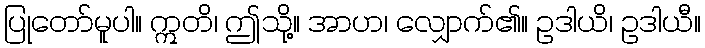
ပြုတော်မူပါ။ ဣတိ၊ ဤသို့။ အာဟ၊ လျှောက်၏။ ဥဒါယိ၊ ဥဒါယီ။